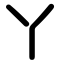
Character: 丫